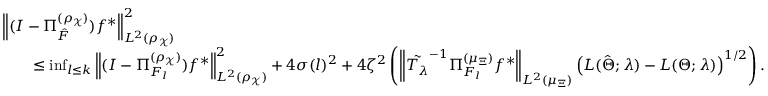
\begin{array} { r l } & { \left\| ( I - \Pi _ { \hat { \cal F } } ^ { ( \rho _ { \mathcal { X } } ) } ) f ^ { * } \right\| _ { L ^ { 2 } ( \rho _ { \mathcal { X } } ) } ^ { 2 } } \\ & { \qquad \leq \operatorname* { i n f } _ { l \leq k } \left\| ( I - \Pi _ { { \cal F } _ { l } } ^ { ( \rho _ { \mathcal { X } } ) } ) f ^ { * } \right\| _ { L ^ { 2 } ( \rho _ { \mathcal { X } } ) } ^ { 2 } + 4 \sigma ( l ) ^ { 2 } + 4 \zeta ^ { 2 } \left( \left\| \tilde { T _ { \lambda } } ^ { - 1 } \Pi _ { { \cal F } _ { l } } ^ { ( \mu _ { \Xi } ) } f ^ { * } \right\| _ { L ^ { 2 } ( \mu _ { \Xi } ) } \left( { \cal L } ( \hat { \Theta } ; \lambda ) - { \cal L } ( \Theta ; \lambda ) \right) ^ { 1 / 2 } \right) . } \end{array}